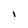
Character: I